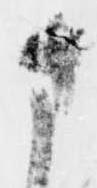
さ